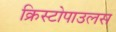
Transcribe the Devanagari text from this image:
क्रिस्टोपाउलस